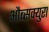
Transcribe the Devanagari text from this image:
औब्सक्युरा